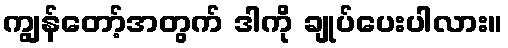
ကျွန်တော့်အတွက် ဒါကို ချုပ်ပေးပါလား။